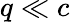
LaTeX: q\ll c